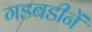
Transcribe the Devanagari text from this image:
गडबडीनें